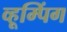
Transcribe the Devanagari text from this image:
व्हूम्पिंग